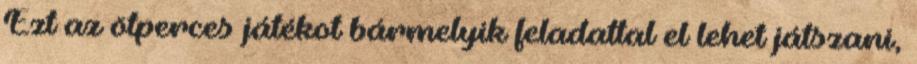
Ezt az ötperces játékot bármelyik feladattal el lehet játszani,